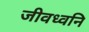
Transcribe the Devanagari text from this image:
जीवध्वनि